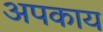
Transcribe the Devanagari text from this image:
अपकाय